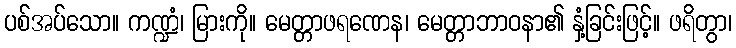
ပစ်အပ်သော။ ကဏ္ဍံ၊ မြားကို။ မေတ္တာဖရဏေန၊ မေတ္တာဘာဝနာ၏ နှံ့ခြင်းဖြင့်။ ဖရိတွာ၊